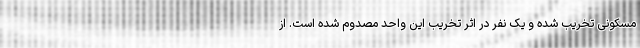
مسکونی تخریب شده و یک نفر در اثر تخریب این واحد مصدوم شده است. از